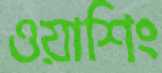
ওয়াশিং